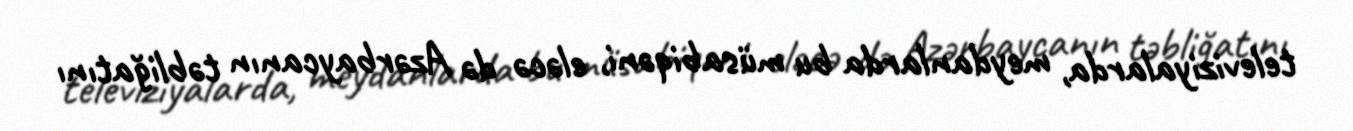
televiziyalarda, meydanlarda bu müsabiqəni, eləcə də Azərbaycanın təbliğatını